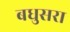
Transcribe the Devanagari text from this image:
बधुसरा